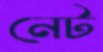
নেট